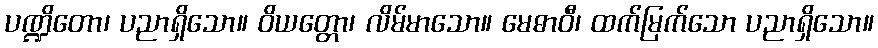
ပဏ္ဍိတော၊ ပညာရှိသော။ ဝိယတ္တော၊ လိမ်မာသော။ မေဓာဝီ၊ ထက်မြက်သော ပညာရှိသော။